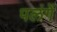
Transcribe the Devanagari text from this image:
पलंगें